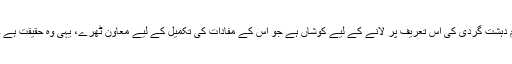
(ڈیک)امریکہ ایک بار مسلم دنیا کو بالخصوص اور غیر مسلم ممالک کو بالعموم دہشت گردی کی اس تعریف پر لانے کے لیے کوشاں ہے جو اس کے مفادات کی تکمیل کے لیے معاون ٹھرے، یہی وہ حقیقت ہے جس کے تحت بھارت کو دہشت گردی سے متاثرہ ملک قرار دے دیا گیا(ڈیک)۔